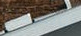
لوتشيانو